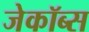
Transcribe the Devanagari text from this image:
जेकॉब्स